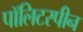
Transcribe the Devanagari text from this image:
पॉलिटरपीन